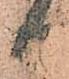
日